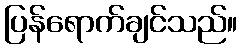
ပြန်ရောက်ချင်သည်။